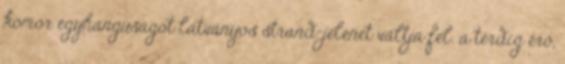
komor egyhangúságot látványos strand-jelenet váltja fel. a térdig érő,